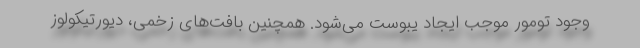
وجود تومور موجب ایجاد یبوست می‌شود. همچنین بافت‌های زخمی، دیورتیکولوز